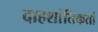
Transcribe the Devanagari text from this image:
दाहशांतिकर्ता